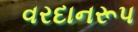
વરદાનરૂપ